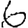
Digit: 6